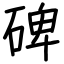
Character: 碑